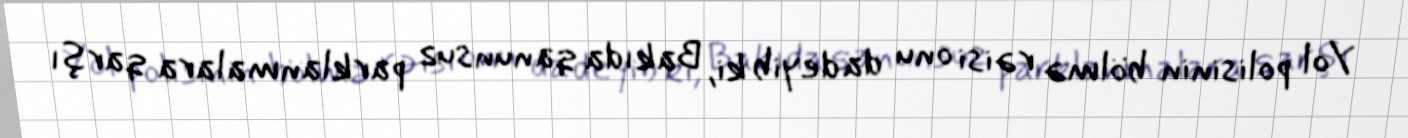
Yol polisinin bölmə rəisi onu da deyib ki, Bakıda qanunsuz parklanmalara qarşı